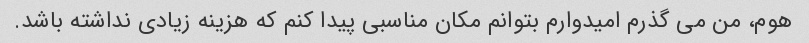
هوم، من می گذرم امیدوارم بتوانم مکان مناسبی پیدا کنم که هزینه زیادی نداشته باشد.